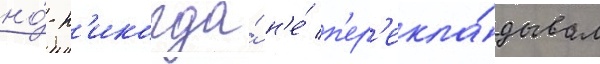
но́ н'икогда́ н'е́ п'ер'екла́дывал